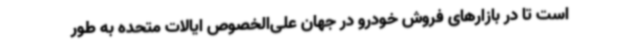
است تا در بازارهای فروش خودرو در جهان علی‌الخصوص ایالات متحده به طور